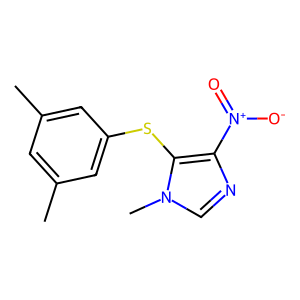
SMILES: Cc1cc(C)cc(Sc2c([N+](=O)[O-])ncn2C)c1
Inhibits HIV replication: No